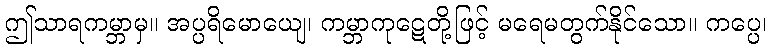
ဤသာရကမ္ဘာမှ။ အပ္ပရိမောယျေ၊ ကမ္ဘာကုဋေတို့ဖြင့် မရေမတွက်နိုင်သော။ ကပ္ပေ၊